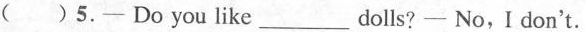
( )5.─ Do you like___dolls?- No,I don't.